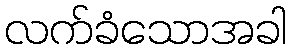
လက်ခံသောအခါ